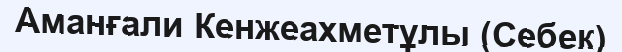
Аманғали Кенжеахметұлы (Себек)